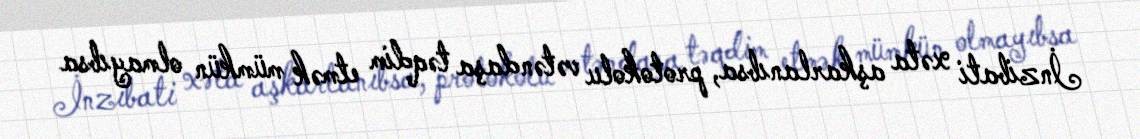
İnzibati xəta aşkarlanıbsa, protokolu vətəndaşa təqdim etmək mümkün olmayıbsa